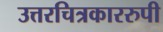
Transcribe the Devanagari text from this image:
उत्तरचित्रकाररुपी